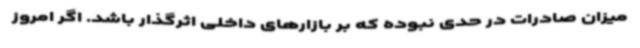
میزان صادرات در حدی نبوده که بر بازارهای داخلی اثرگذار باشد. اگر امروز